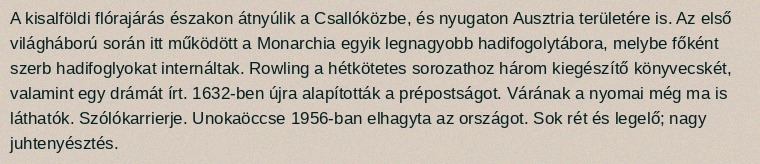
A kisalföldi flórajárás északon átnyúlik a Csallóközbe, és nyugaton Ausztria területére is. Az első világháború során itt működött a Monarchia egyik legnagyobb hadifogolytábora, melybe főként szerb hadifoglyokat internáltak. Rowling a hétkötetes sorozathoz három kiegészítő könyvecskét, valamint egy drámát írt. 1632-ben újra alapították a prépostságot. Várának a nyomai még ma is láthatók. Szólókarrierje. Unokaöccse 1956-ban elhagyta az országot. Sok rét és legelő; nagy juhtenyésztés.